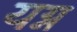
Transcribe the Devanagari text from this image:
यग्न